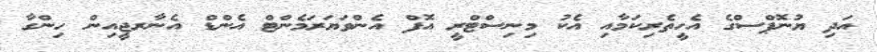
އަދި ޔުނޮޕްސްގެ އެހީތެރިކަމާއި އެކު މިނިސްޓްރީ އޮފް އެންވަޔަރަމެންޓް އެންޑް އެނާރޖީއިން ހިންގާ